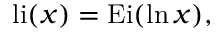
{ \mathrm { l i } } ( x ) = { \mathrm { E i } } ( \ln x ) , \,